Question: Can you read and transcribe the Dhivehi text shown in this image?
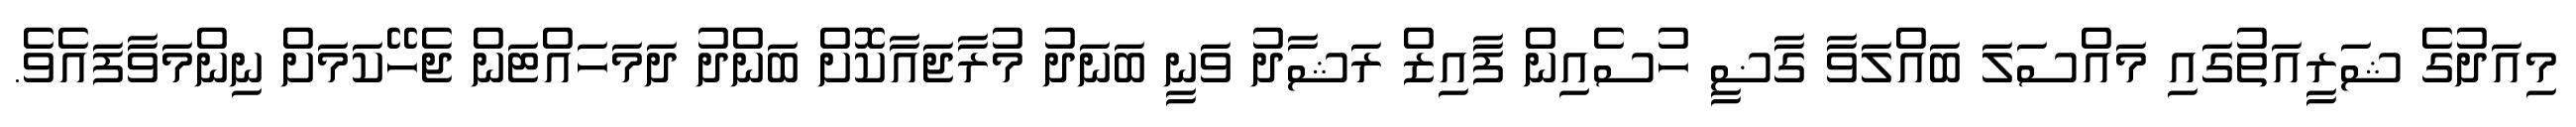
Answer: މިއަދުގެ ޝަރީއަތުގައި މައްސަލަ ބައްލަވާ ގާޟީ ހުސެއިން ފާއިޒް ރަޝާދު ވަނީ ބަނަދު މުރާޖައާކޮށް ބަންދު ދަމަހައްޓަން ޖެހޭކަމަށް ނިންމަވާފައެވެ.